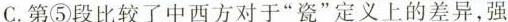
C.第⑤段比较了中西方对于“瓷”定义上的差异,强